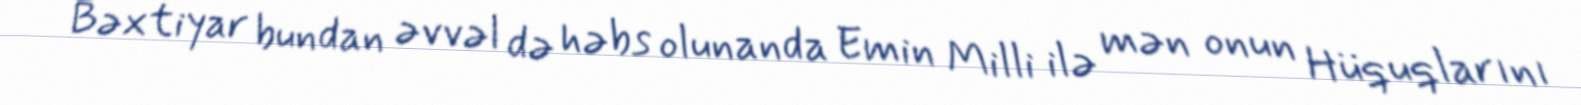
Bəxtiyar bundan əvvəl də həbs olunanda Emin Milli ilə mən onun Hüquqlarını